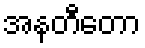
အနတီတော